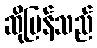
ဆိုပြန်သည်